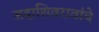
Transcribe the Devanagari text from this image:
सदाशिवरावांचे